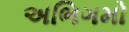
અભિગમો